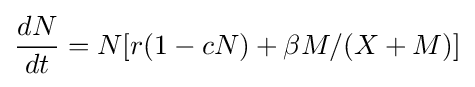
{\frac {dN}{dt}}=N[r(1-cN)+\beta M/(X+M)]